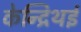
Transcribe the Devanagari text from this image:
केन्द्रिथई